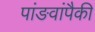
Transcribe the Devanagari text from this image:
पांङवांपैकी